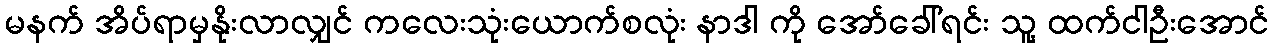
မနက် အိပ်ရာမှနိုးလာလျှင် ကလေးသုံးယောက်စလုံး နာဒါ ကို အော်ခေါ်ရင်း သူ့ ထက်ငါဦးအောင်